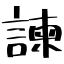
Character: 諫